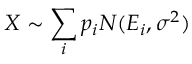
X \sim \sum _ { i } p _ { i } N ( E _ { i } , \sigma ^ { 2 } )